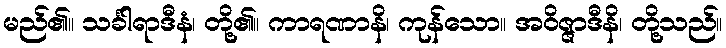
မည်၏။ သင်္ခါရာဒီနံ၊ တို့၏။ ကာရဏာနိ၊ ကုန်သော။ အဝိဇ္ဇာဒီနိ၊ တို့သည်။